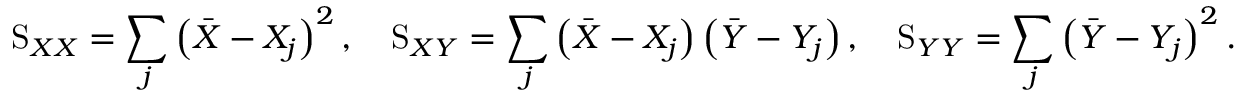
{ \mathrm { S } } _ { X X } = \sum _ { j } { { \left( \bar { X } - { X } _ { j } \right) } ^ { 2 } } \, , \quad { \mathrm { S } } _ { X Y } = \sum _ { j } { \left( \bar { X } - { X } _ { j } \right) \left( \bar { Y } - { Y } _ { j } \right) } \, , \quad { \mathrm { S } } _ { Y Y } = \sum _ { j } { { \left( \bar { Y } - { Y } _ { j } \right) } ^ { 2 } } \, .